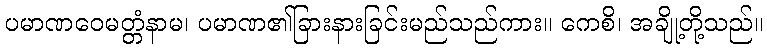
ပမာဏဝေမတ္တံနာမ၊ ပမာဏ၏ခြားနားခြင်းမည်သည်ကား။ ကေစိ၊ အချို့တို့သည်။